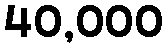
40,000